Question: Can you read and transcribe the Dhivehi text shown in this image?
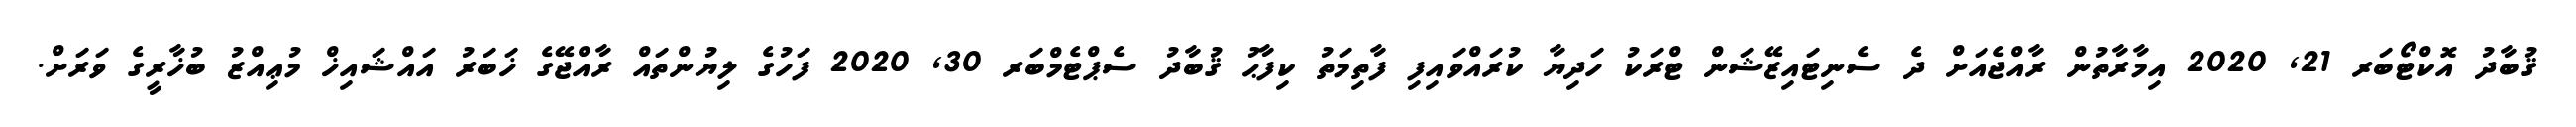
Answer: ޤުބާދު އޮކްޓޯބަރ 21, 2020 އިމާރާތުން ރާއްޖެއަށް ދެ ސެނިޓައިޒޭޝަން ޓްރަކު ހަދިޔާ ކުރައްވައިފި ފާތިމަތު ކިފާޙު ޤުބާދު ސެޕްޓެމްބަރ 30, 2020 ފަހުގެ ލިޔުންތައް ރާއްޖޭގެ ޚަބަރު އައްޝައިޚް މުޢިއްޒު ބުޚާރީގެ ވަރަށް.